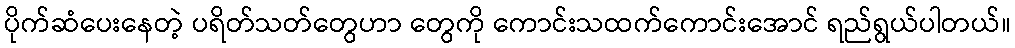
ပိုက်ဆံပေးနေတဲ့ ပရိတ်သတ်တွေဟာ တွေကို ကောင်းသထက်ကောင်းအောင် ရည်ရွယ်ပါတယ်။